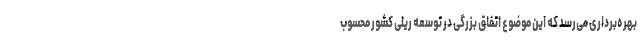
بهره‌برداری می‌رسد که این موضوع اتفاق بزرگی در توسعه ریلی کشور محسوب